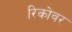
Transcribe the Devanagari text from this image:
रिकोवर